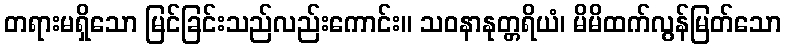
တရားမရှိသော မြင်ခြင်းသည်လည်းကောင်း။ သဝနာနုတ္တရိယံ၊ မိမိထက်လွန်မြတ်သော